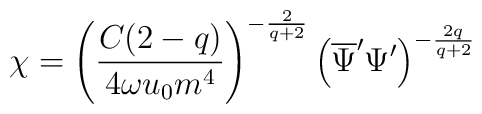
\chi=\left (\frac{C(2-q)}{4\omega u_{0}m^{4}}\right )^{-\frac{2}{q+2}}\left (\overline{\Psi}^{\prime}\Psi^{\prime}\right )^{-\frac{2q}{q+2}}